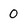
Character: 0